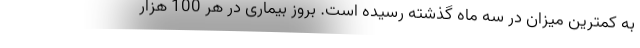
به کمترین میزان در سه ماه گذشته رسیده است. بروز بیماری در هر 100 هزار